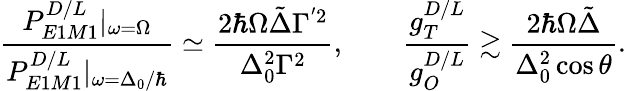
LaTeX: \frac{P_{E1M1}^{D/L}|_{\omega=\Omega}}{P_{E1M1}^{D/L}|_{\omega=\Delta_{0}/\hbar}}\simeq\frac{2\hbar\Omega\tilde{\Delta}\Gamma^{^{\prime}2}}{\Delta_{0}^{2}\Gamma^{2}},\qquad\frac{g_{T}^{D/L}}{g_{O}^{D/L}}\gtrsim\frac{2\hbar\Omega\tilde{\Delta}}{\Delta_{0}^{2}\cos{\theta}}.